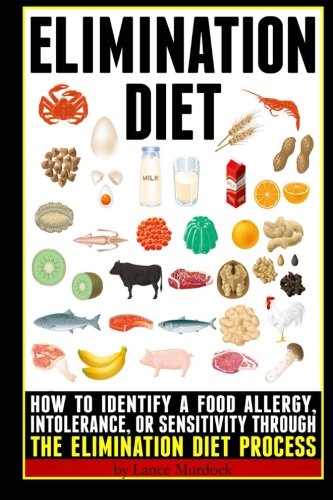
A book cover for Elimination Diet: How to Identify a Food Allergy, Intolerance, or Sensitivity through the Elimination Diet Process; Lance Murdock; Health, Fitness & Dieting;